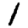
Digit: 1